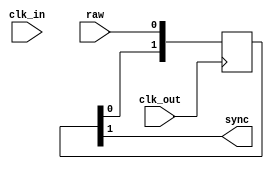
/*  This file is part of JT_FRAME.
    JTFRAME program is free software: you can redistribute it and/or modify
    it under the terms of the GNU General Public License as published by
    the Free Software Foundation, either version 3 of the License, or
    (at your option) any later version.

    JTFRAME program is distributed in the hope that it will be useful,
    but WITHOUT ANY WARRANTY; without even the implied warranty of
    MERCHANTABILITY or FITNESS FOR A PARTICULAR PURPOSE.  See the
    GNU General Public License for more details.

    You should have received a copy of the GNU General Public License
    along with JTFRAME.  If not, see <http://www.gnu.org/licenses/>.

    Author: Jose Tejada Gomez. Twitter: @topapate
    Version: 1.0
    Date: 6-9-2021 */

// Enable the LATCHIN parameter if the raw input comes
// from combinational logic

module jtframe_sync #(parameter W=1, LATCHIN=0)(
    input   clk_in,
    input   clk_out,
    input   [W-1:0] raw,
    output  [W-1:0] sync
);

reg  [W-1:0] latched;
wire [W-1:0] eff;

always @(posedge clk_in) latched <= raw;
assign eff = LATCHIN ? latched : raw;

generate
    genvar i;
    for( i=0; i<W; i=i+1 ) begin : synchronizer
        reg [1:0] s;
        assign sync[i] = s[1];

        always @(posedge clk_out) begin
            s <= { s[0], eff[i] };
        end
    end
endgenerate

endmodule